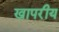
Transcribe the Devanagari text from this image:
खापरीय